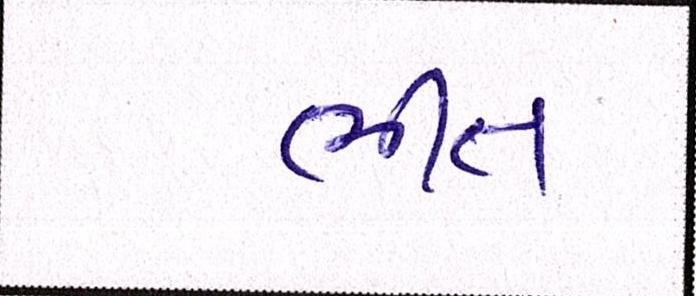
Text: ભીંત